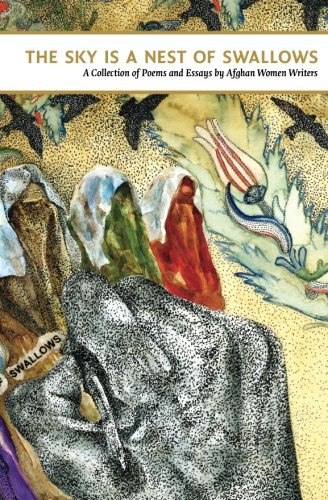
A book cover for The Sky Is a Nest of Swallows: To Tell One's Story is a Human Right; Afghan Women's Writing Project; Literature & Fiction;